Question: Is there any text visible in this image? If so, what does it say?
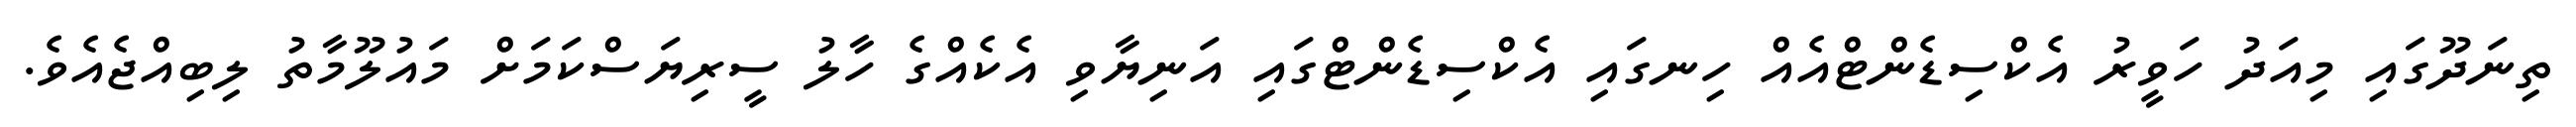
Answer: ތިނަދޫގައި މިއަދު ހަވީރު އެކްސިޑެންޓްއެއް ހިނގައި އެކްސިޑެންޓްގައި އަނިޔާވި އެކެއްގެ ހާލު ސީރިޔަސްކަމަށް މައުލޫމާތު ލިބިއްޖެއެވެ.